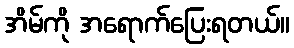
အိမ်ကို အရောက်ပြေးရတယ်။